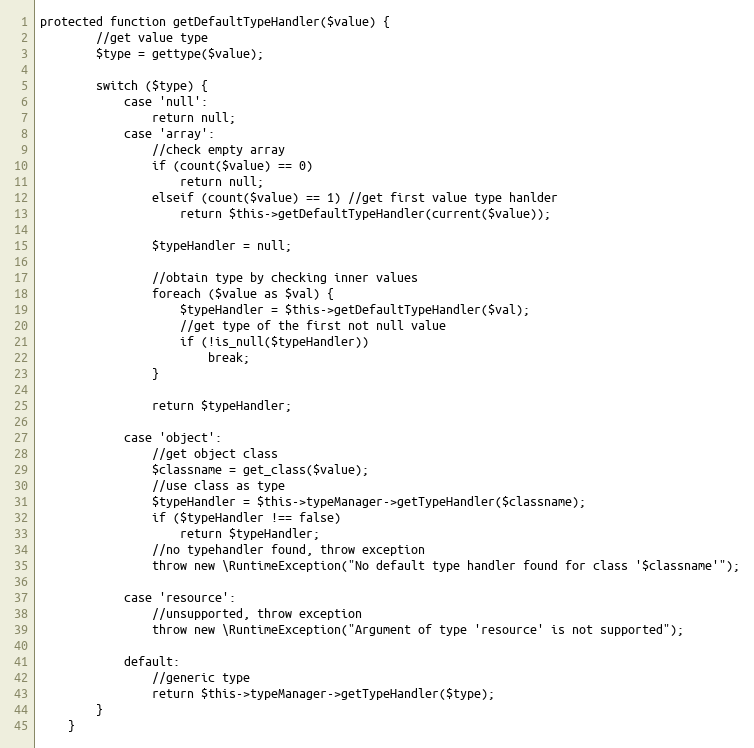
Language: PHP
protected function getDefaultTypeHandler($value) {
		//get value type
		$type = gettype($value);

		switch ($type) {
			case 'null':
				return null;
			case 'array':
				//check empty array
				if (count($value) == 0)
					return null;
				elseif (count($value) == 1) //get first value type hanlder
					return $this->getDefaultTypeHandler(current($value));

				$typeHandler = null;

				//obtain type by checking inner values
				foreach ($value as $val) {
					$typeHandler = $this->getDefaultTypeHandler($val);
					//get type of the first not null value
					if (!is_null($typeHandler))
						break;
				}

				return $typeHandler;

			case 'object':
				//get object class
				$classname = get_class($value);
				//use class as type
				$typeHandler = $this->typeManager->getTypeHandler($classname);
				if ($typeHandler !== false)
					return $typeHandler;
				//no typehandler found, throw exception
				throw new \RuntimeException("No default type handler found for class '$classname'");

			case 'resource':
				//unsupported, throw exception
				throw new \RuntimeException("Argument of type 'resource' is not supported");

			default:
				//generic type
				return $this->typeManager->getTypeHandler($type);
		}
	}